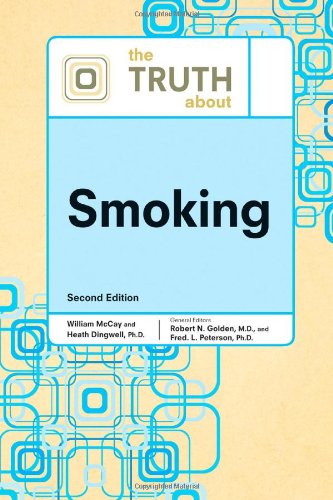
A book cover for The Truth about Smoking (Truth about (Facts on File)); Robert N. Golden; Teen & Young Adult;